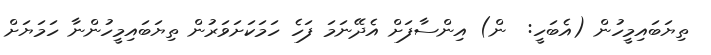
ތިޔަބައިމީހުން (އެބަހީ:  ން) އިންސާފަށް އެދޭނަމަ ފަހެ ހަމަކަށަވަރުން ތިޔަބައިިމީހުންނާ ހަމަޔަށް